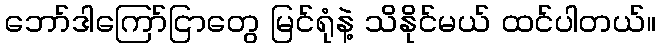
ဘော်ဒါကြော်ငြာတွေ မြင်ရုံနဲ့ သိနိုင်မယ် ထင်ပါတယ်။